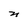
Character: n